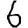
Digit: 6